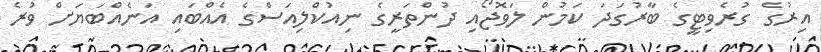
އިރުގެ ގުރެވިޓީގެ ބާރުގަދަ ކަމުން ލަވޮޖޯއި ދުންތަރީގެ ނިއުކްލިއަސްގެ އެއްބައި އަނެއްބަޔަށް ވުރެ